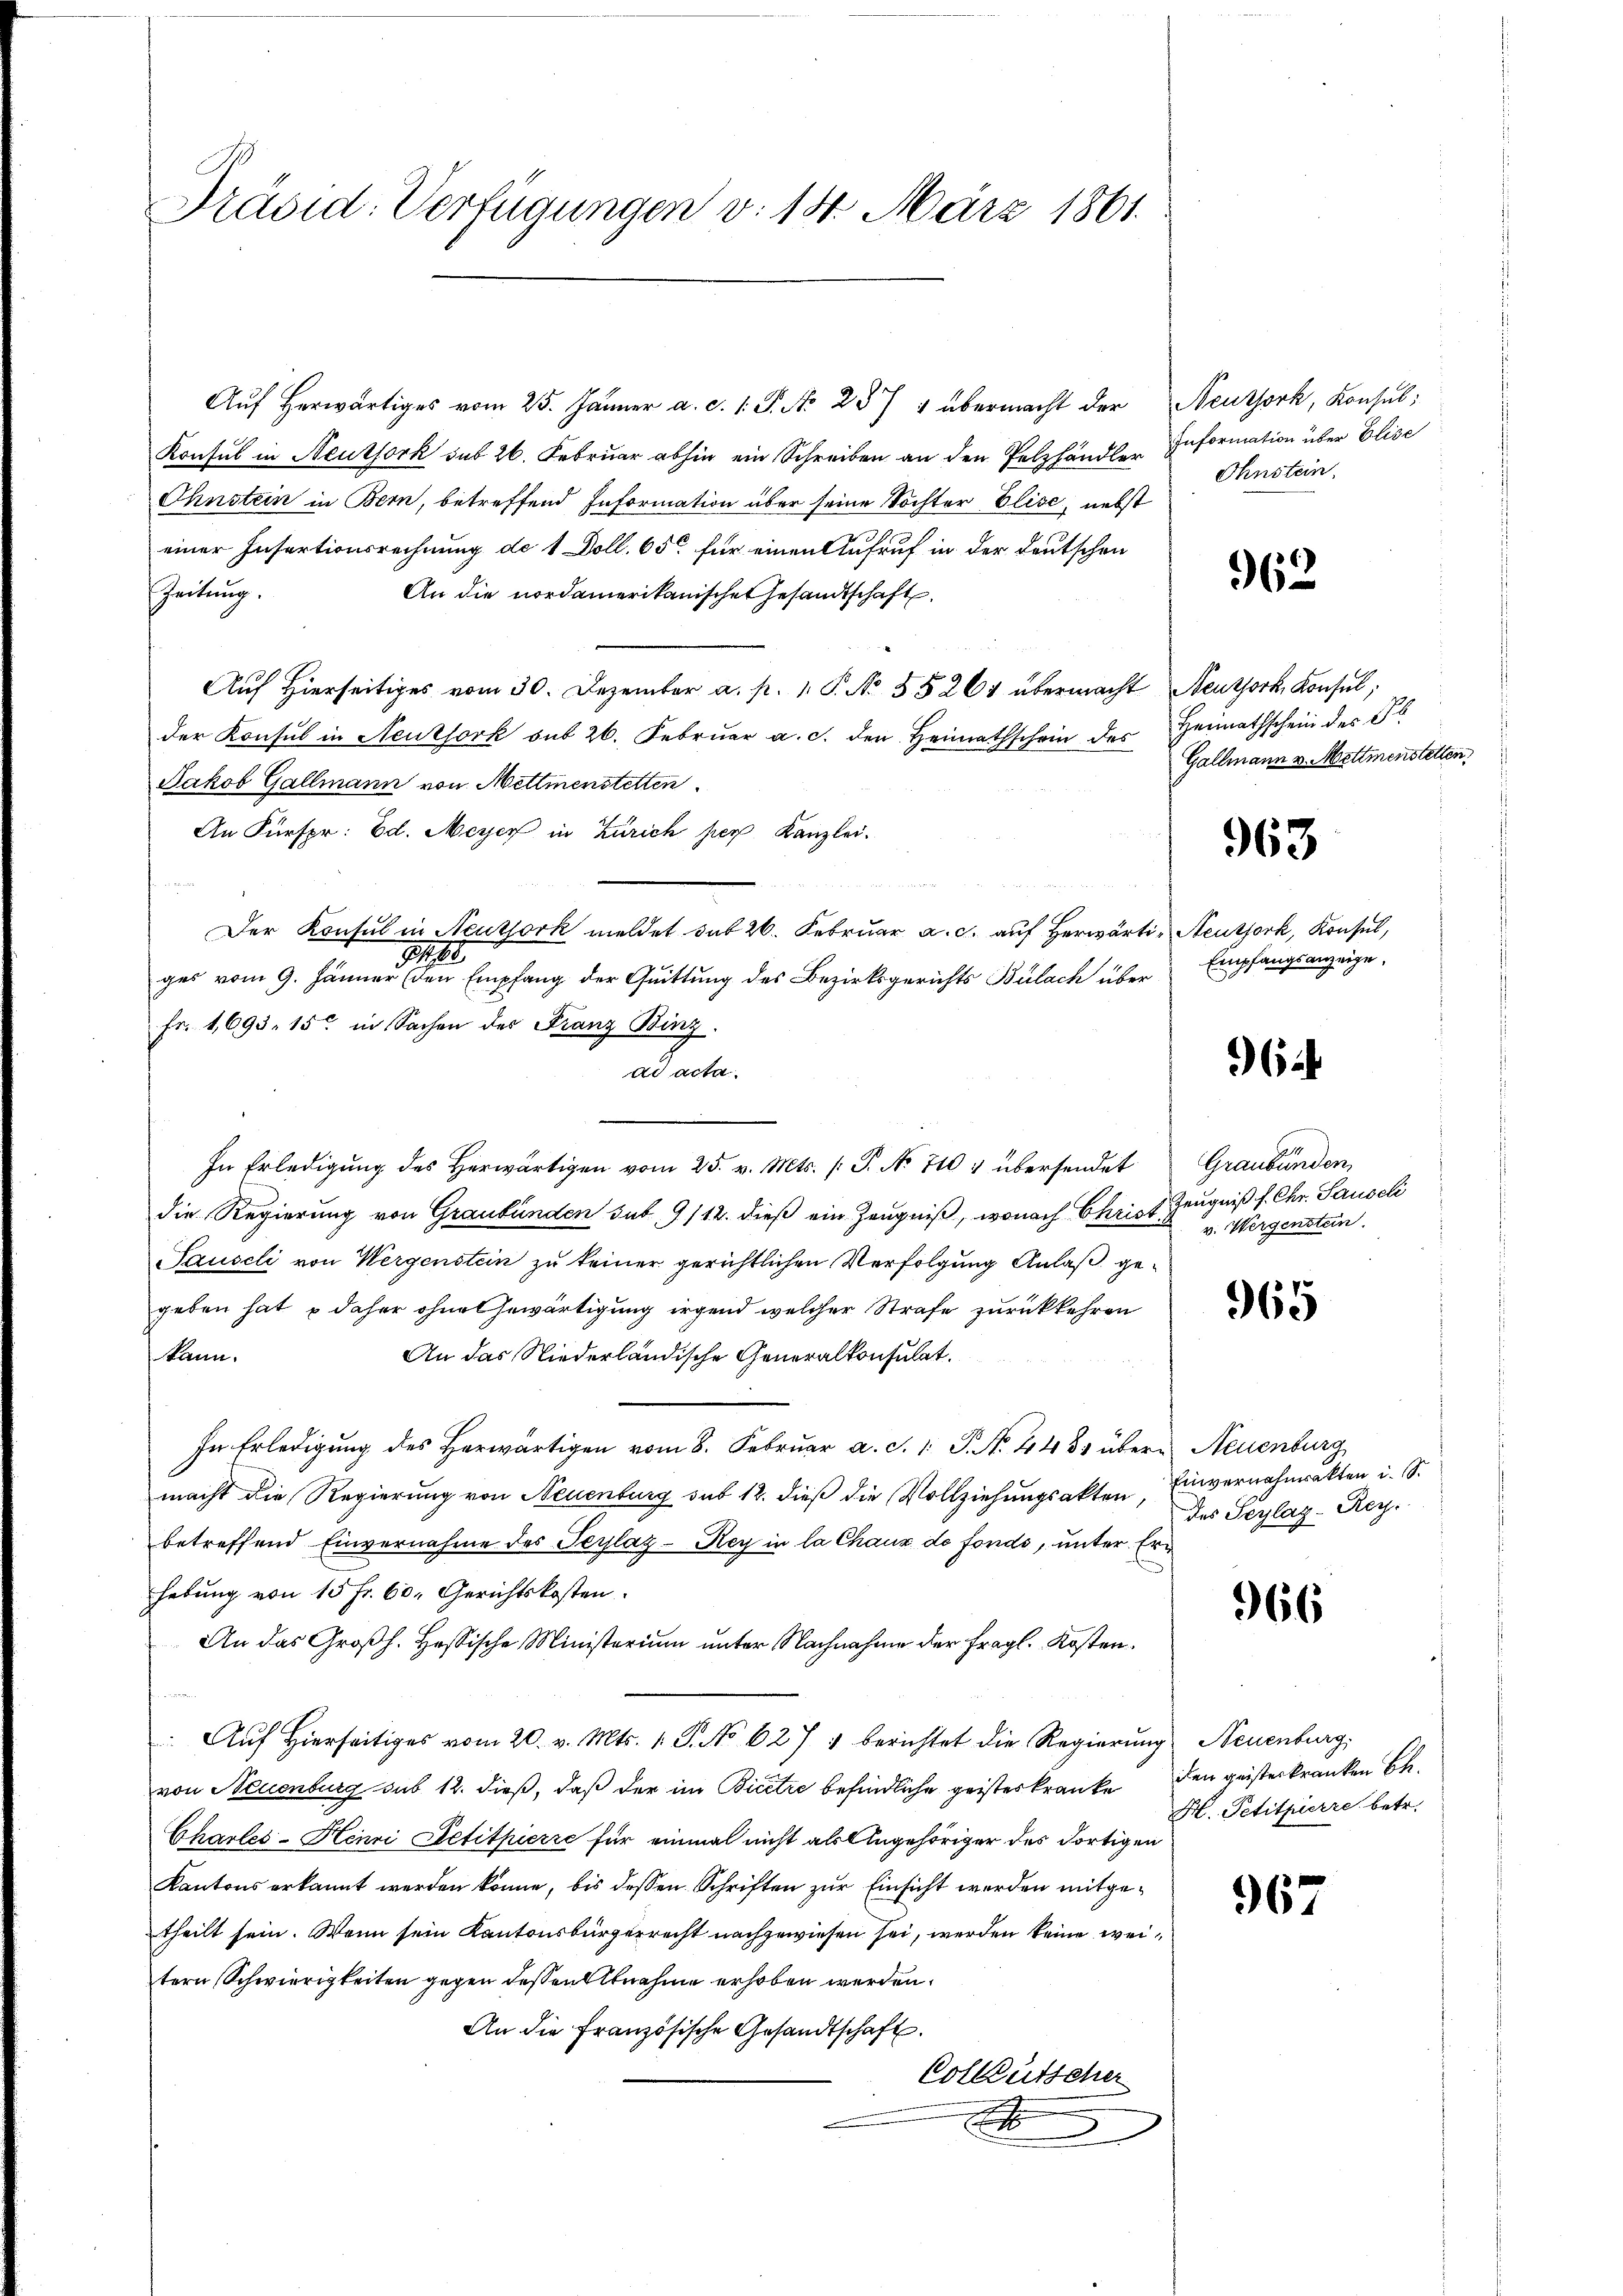
Präsid. Verfügungen v. 14. März 1861.

Aŭf herwärtiges vom 25. Jänner a. c. 1 S. No 287 & übermacht der
Konsul in Neuthork sub 26. Februar abhin ein Schreiben an den Pelzhandler Information über Elise
Ohnstein in Bern, betreffend Information über seine Tochter Elise, nebst
einer Insartionsrechnung de 1 Doll. 65 für einen Aufruf in der Deutschen
Zeitung.
An die nordamerikanischen Gesandtschaft
Auf Hierseitiges vom 30. Dezember a. p. 1. P. No. 55261 übermacht Neuzork Konsul,
der Konsul in Neuthork sub 26. Febrŭar a. c. den Heimathschein des Heimathschein des S
Jakob Gallmann von Mettmenstetten
An Fürspr: Ed. Meyer in Zürich per Kanzlei.
Der Konsul in Neuthork meldet sub 26. Februar a. c. auf Herwärti Neuthork, Konsul,
19
ger vom 9. Jänner den Empfang der Quittung des Bezirksgerichts Bülach über
Fr. 1,693. 15 in Sachen des Franz Binz
ad acta.
In Erledigŭng des herwärtigen vom 25. v. Mts. /: P. No 710 f übersendet
die Regierung von Graubünden sub 9/12. dieß ein Zeugniß, wonach Christ Zeugniß f. Chr. Sauseli
Sauseli von Wergenstein zu keiner gerichtlichen Verfolgung Anlaß gegeben hat, u daher ohne Gewärtigung irgend welcher Strafe zurückkehren
An das Niederländische Generalkonsulat.
kann.
In Erledigung des Herwärtigen vom 8. Februar a. c. 1. P. No. 443 übere Neuenburg
macht die Regierung von Neuenburg sub 12. dieß die Vollziehungsakten,
betreffend Einvernahme des Teylaz - Rey in la Chaux de fonds, unter Erhebung von 15 Fr. 60. Gerichtskosten.
An das Großh. Hessische Ministerium unter Nachnahme der fragl. Kosten.
 Aŭf Hierseitiges vom 20. v. Mts. 1. P. No 627 1 berichtet die Regierung Neuenburg,
von Neuenburg sub 12. dieß, daß der im Bicitie befindliche geisteskranke
Charles-Henri Petitpierre für einmal nicht als Angehöriger des dortigen
Kantons erkannt werden könne, bis dessen Schriften zur Einsicht werden mitgetheilt sein. Wenn sein Kantonsbürgerrecht nachgewiesen sei, werden keine weitern Schwierigkeiten gegen dessen Abnahme erhoben werden.
An die Französische Gesandtschaft.
Colleutscher
x

Neuthork, Konsul:
Ohnstein,

962

Gallmann v. Mettmenstetten,

963

Empfangsanzeige.

6

Graubünden
v. Wergenstein

965

Einvernahmrakten i. S.
des Seylaz-Rey.

966

den geisterkranken Be¬
H. Petitpierre betr.

967